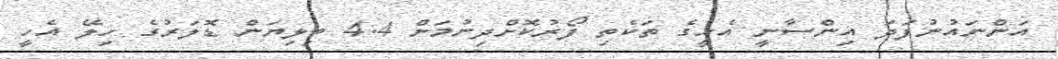
އަންނައުނުފަދަ އިންސާނީ އެހީގެ ތަކެތި ފޯރުކޮށްދިނުމަށް 4.4 ބިލިޔަން ޑޮލަރުގެ ހިލޭ އެހީ